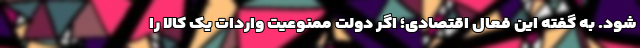
شود. به گفته این فعال اقتصادی؛ اگر دولت ممنوعیت واردات یک کالا را